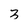
Character: 3